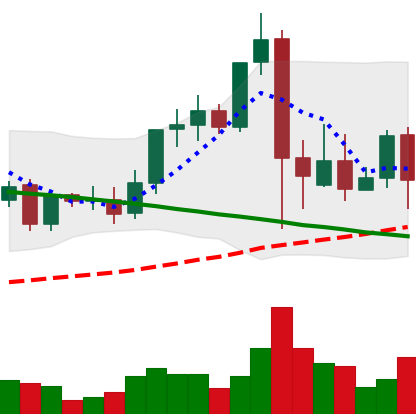
Ticker: LINK-USD
Chart end date: 2021-09-13
Forward return: 5.469%
Label: up_5_7